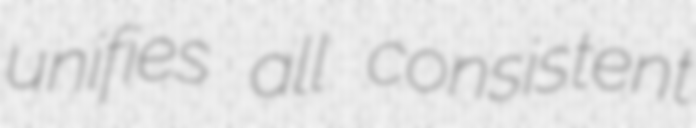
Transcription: unifies all consistent